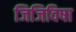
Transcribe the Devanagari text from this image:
जिजिविषा